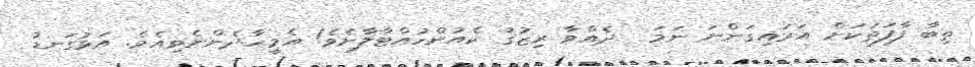
ތިބާ ފާފަތަކަށް އަރައިގަންނަ ނަމަ  ދެއްވާ ރިޒުޤު ކެއުންހުއްޓާލާށެވެ! އެމީހާދެންނެވިއެވެ. އަޅުގަނޑު